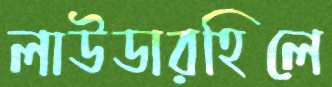
লাউডারহিলে